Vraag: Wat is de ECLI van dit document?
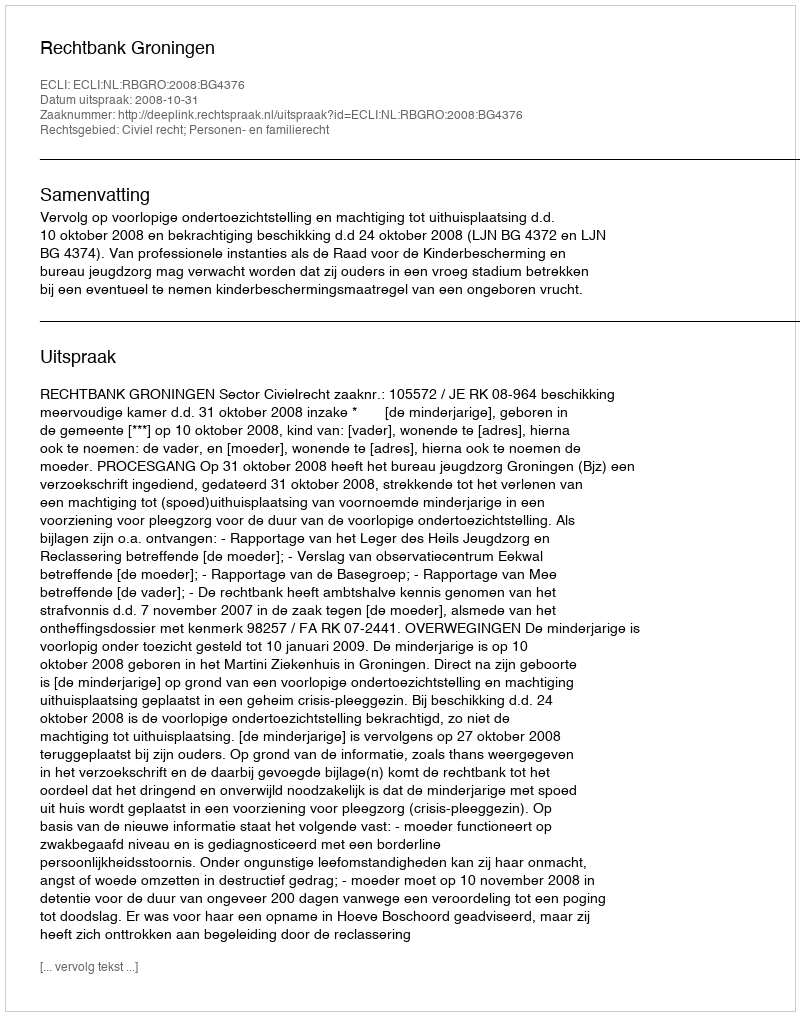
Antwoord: ECLI:NL:RBGRO:2008:BG4376